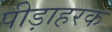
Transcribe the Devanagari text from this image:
पीड़ाहरक